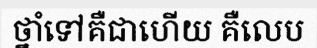
ថ្នាំទៅគឺជាហើយ គឺលេប